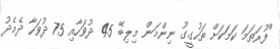
"ފުރަތަމަ ކަމަކަށް ތަހުގީގު ނިންމަން މިލިބޭ 45 ދުވަހާއި 75 ދުވަހާ ދެމެދު